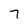
Character: 7